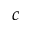
^ { c }